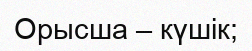
Орысша – күшік;